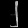
Digit: ၂